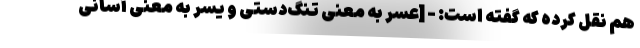
هم نقل کرده که گفته است: - [عُسر به معنی تنگ‌دستی و یُسر به معنی آسانی